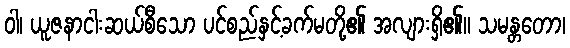
ဝါ၊ ယူဇနာငါးဆယ်စီသော ပင်စည်နှင့်ခက်မတို့၏ အလျားရှိ၏။ သမန္တတော၊